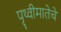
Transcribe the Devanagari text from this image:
पृथ्वीमातेचे